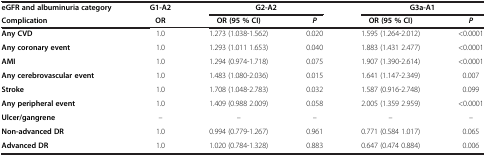
<table><thead><tr><td><b>eGFR and albuminuria category</b></td><td><b>G1-A2</b></td><td colspan="2"><b>G2-A2</b></td><td colspan="2"><b>G3a-A1</b></td></tr></thead><tbody><tr><td><b>Complication</b></td><td><b>OR</b></td><td><b>OR (95 % CI)</b></td><td><b><i>P</i></b></td><td><b>OR (95 % CI)</b></td><td><b><i>P</i></b></td></tr><tr><td><b>Any CVD</b></td><td>1.0</td><td>1.273 (1.038-1.562)</td><td>0.020</td><td>1.595 (1.264-2.012)</td><td>&lt;0.0001</td></tr><tr><td><b>Any coronary event</b></td><td>1.0</td><td>1.293 (1.011 1.653)</td><td>0.040</td><td>1.883 (1.431 2.477)</td><td>&lt;0.0001</td></tr><tr><td><b>AMI</b></td><td>1.0</td><td>1.294 (0.974-1.718)</td><td>0.075</td><td>1.907 (1.390-2.614)</td><td>&lt;0.0001</td></tr><tr><td><b>Any cerebrovascular event</b></td><td>1.0</td><td>1.483 (1.080-2.036)</td><td>0.015</td><td>1.641 (1.147-2.349)</td><td>0.007</td></tr><tr><td><b>Stroke</b></td><td>1.0</td><td>1.708 (1.048-2.783)</td><td>0.032</td><td>1.587 (0.916-2.748)</td><td>0.099</td></tr><tr><td><b>Any peripheral event</b></td><td>1.0</td><td>1.409 (0.988 2.009)</td><td>0.058</td><td>2.005 (1.359 2.959)</td><td>&lt;0.0001</td></tr><tr><td><b>Ulcer/gangrene</b></td><td>–</td><td>–</td><td>–</td><td>–</td><td>–</td></tr><tr><td><b>Non-advanced DR</b></td><td>1.0</td><td>0.994 (0.779-1.267)</td><td>0.961</td><td>0.771 (0.584 1.017)</td><td>0.065</td></tr><tr><td><b>Advanced DR</b></td><td>1.0</td><td>1.020 (0.784-1.328)</td><td>0.883</td><td>0.647 (0.474 0.884)</td><td>0.006</td></tr></tbody></table>